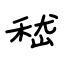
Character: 嵇